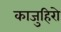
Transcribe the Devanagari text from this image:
काजुहिरो